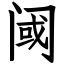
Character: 阈